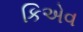
કિએવ